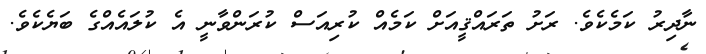
ނާދިރު ކަމެކެވެ. ރަށު ތަރައްޤީއަށް ކަމެއް ކުރިއަސް ކުރަންވާނީ އެ ކުލައެއްގެ ބަޔެކެވެ.